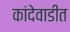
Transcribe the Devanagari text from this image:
कांदेवाडीत